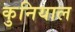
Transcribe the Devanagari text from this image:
कुनियाल